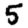
Digit: 5